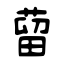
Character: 蒥